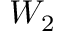
W _ { 2 }